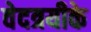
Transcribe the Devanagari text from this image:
वेदत्रयीके